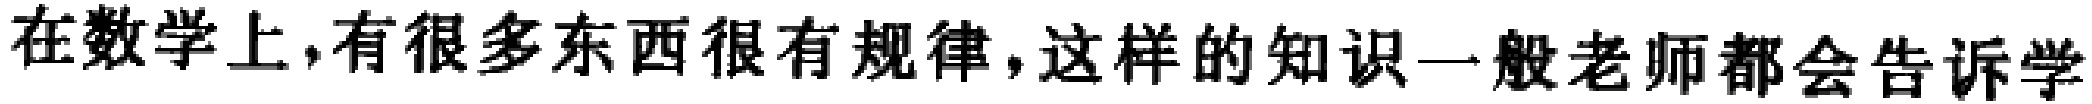
在数学上,有很多东西很有规律,这样的知识一般老师都会告诉学